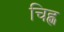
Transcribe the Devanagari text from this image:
चिह्ण